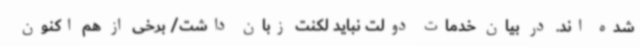
شده اند. در بیان خدمات دولت نباید لکنت زبان داشت/ برخی از هم اکنون